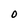
Character: O